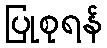
ပြုစုရန်